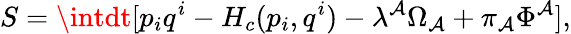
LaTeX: S=\intdt[p_{i}q^{i}-H_{c}(p_{i},q^{i})-\lambda^{\mathcal{A}}\Omega_{\mathcal{A}}+\pi_{\mathcal{A}}\Phi^{\mathcal{A}}],